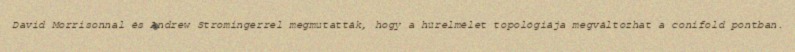
David Morrisonnal és Andrew Stromingerrel megmutatták, hogy a húrelmélet topológiája megváltozhat a conifold pontban.